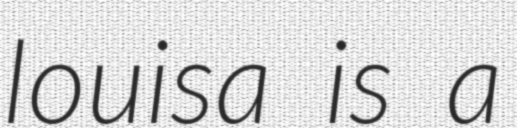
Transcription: louisa is a